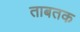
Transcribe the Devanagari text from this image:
ताबतक